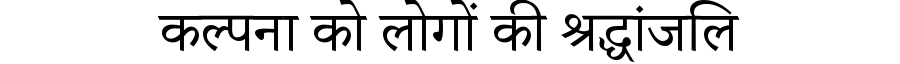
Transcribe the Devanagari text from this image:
कल्पना को लोगों की श्रद्धांजलि